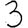
Digit: 3